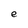
Character: e